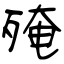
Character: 殗